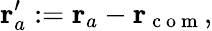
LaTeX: \mathbf{r}_{a}^{\prime}:=\mathbf{r}_{a}-\mathbf{r}_{\mathrm{~c~o~m~}},